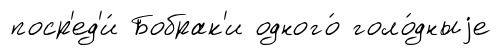
поср'ед'и́ Бобрак'и одного́ голо́дныjе